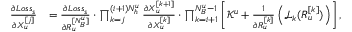
\begin{array} { r l } { \frac { \partial L o s s _ { s } } { \partial X _ { u } ^ { [ j ] } } } & { = \frac { \partial L o s s _ { s } } { \partial R _ { u } ^ { [ N _ { B } ^ { u } ] } } \cdot \prod _ { k = j } ^ { ( i + 1 ) N _ { h } ^ { u } } \frac { \partial X _ { u } ^ { [ k + 1 ] } } { \partial X _ { u } ^ { [ k ] } } \cdot \prod _ { k = i + 1 } ^ { N _ { B } ^ { u } - 1 } \left[ \mathcal { K } ^ { u } + \frac { 1 } { \partial R _ { u } ^ { [ k ] } } \left( \mathcal { L } _ { k } ( R _ { u } ^ { [ k ] } ) \right) \right] , } \end{array}